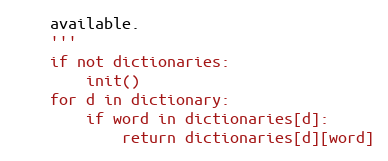
Language: Python
    available.
    '''
    if not dictionaries:
        init()
    for d in dictionary:
        if word in dictionaries[d]:
            return dictionaries[d][word]